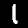
Digit: 1